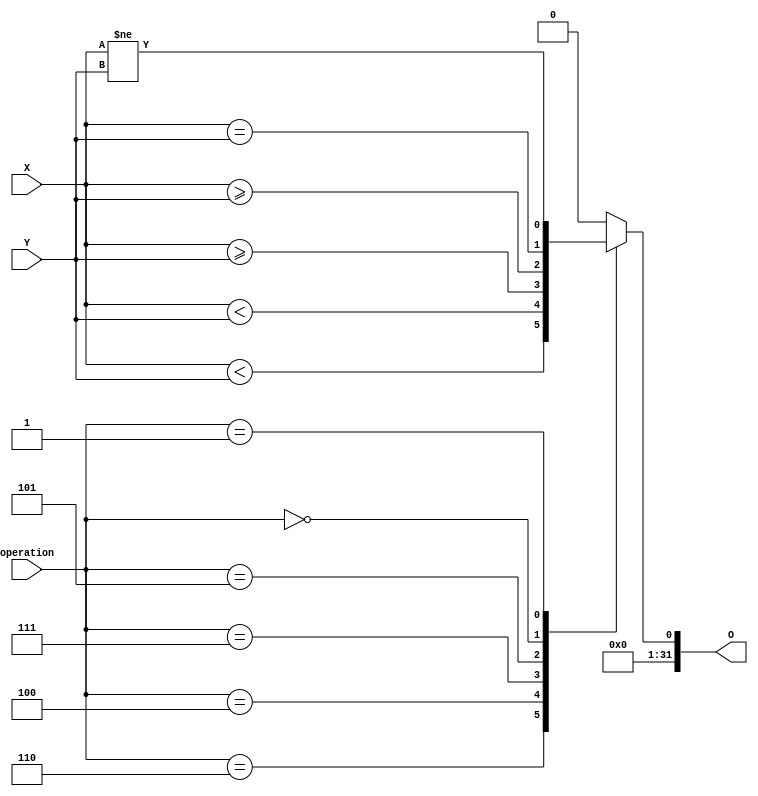
module Comparator (
  input         [3:0]   operation,
  input         [31:0]  X,
  input         [31:0]  Y,
  output        [31:0]  O
);

// Comparator Operations
// Matches funct3 from RISC-V ISA

parameter Equal = 4'h0;
parameter NotEqual = 4'h1;
parameter LesserThanSigned = 4'h4;
parameter GreaterThanOrEqualSigned = 4'h5;
parameter LesserThanUnsigned = 4'h6;
parameter GreaterThanOrEqualUnsigned = 4'h7;

reg [31:0] result;

integer i;

always @(*)
begin
  case (operation)
    LesserThanUnsigned:         result = X <  Y;
    LesserThanSigned:           result = $signed(X) < $signed(Y);
    GreaterThanOrEqualUnsigned: result = X >= Y;
    GreaterThanOrEqualSigned:   result = $signed(X) >= $signed(Y);
    Equal:                      result = X == Y;
    NotEqual:                   result = X != Y;
    default:                    result = 0;
  endcase
end

assign O = result;

endmodule